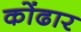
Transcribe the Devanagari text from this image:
कोंढार